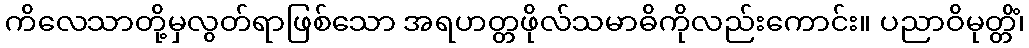
ကိလေသာတို့မှလွတ်ရာဖြစ်သော အရဟတ္တဖိုလ်သမာဓိကိုလည်းကောင်း။ ပညာဝိမုတ္တိံ၊